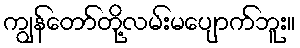
ကျွန်တော်တို့လမ်းမပျောက်ဘူး။